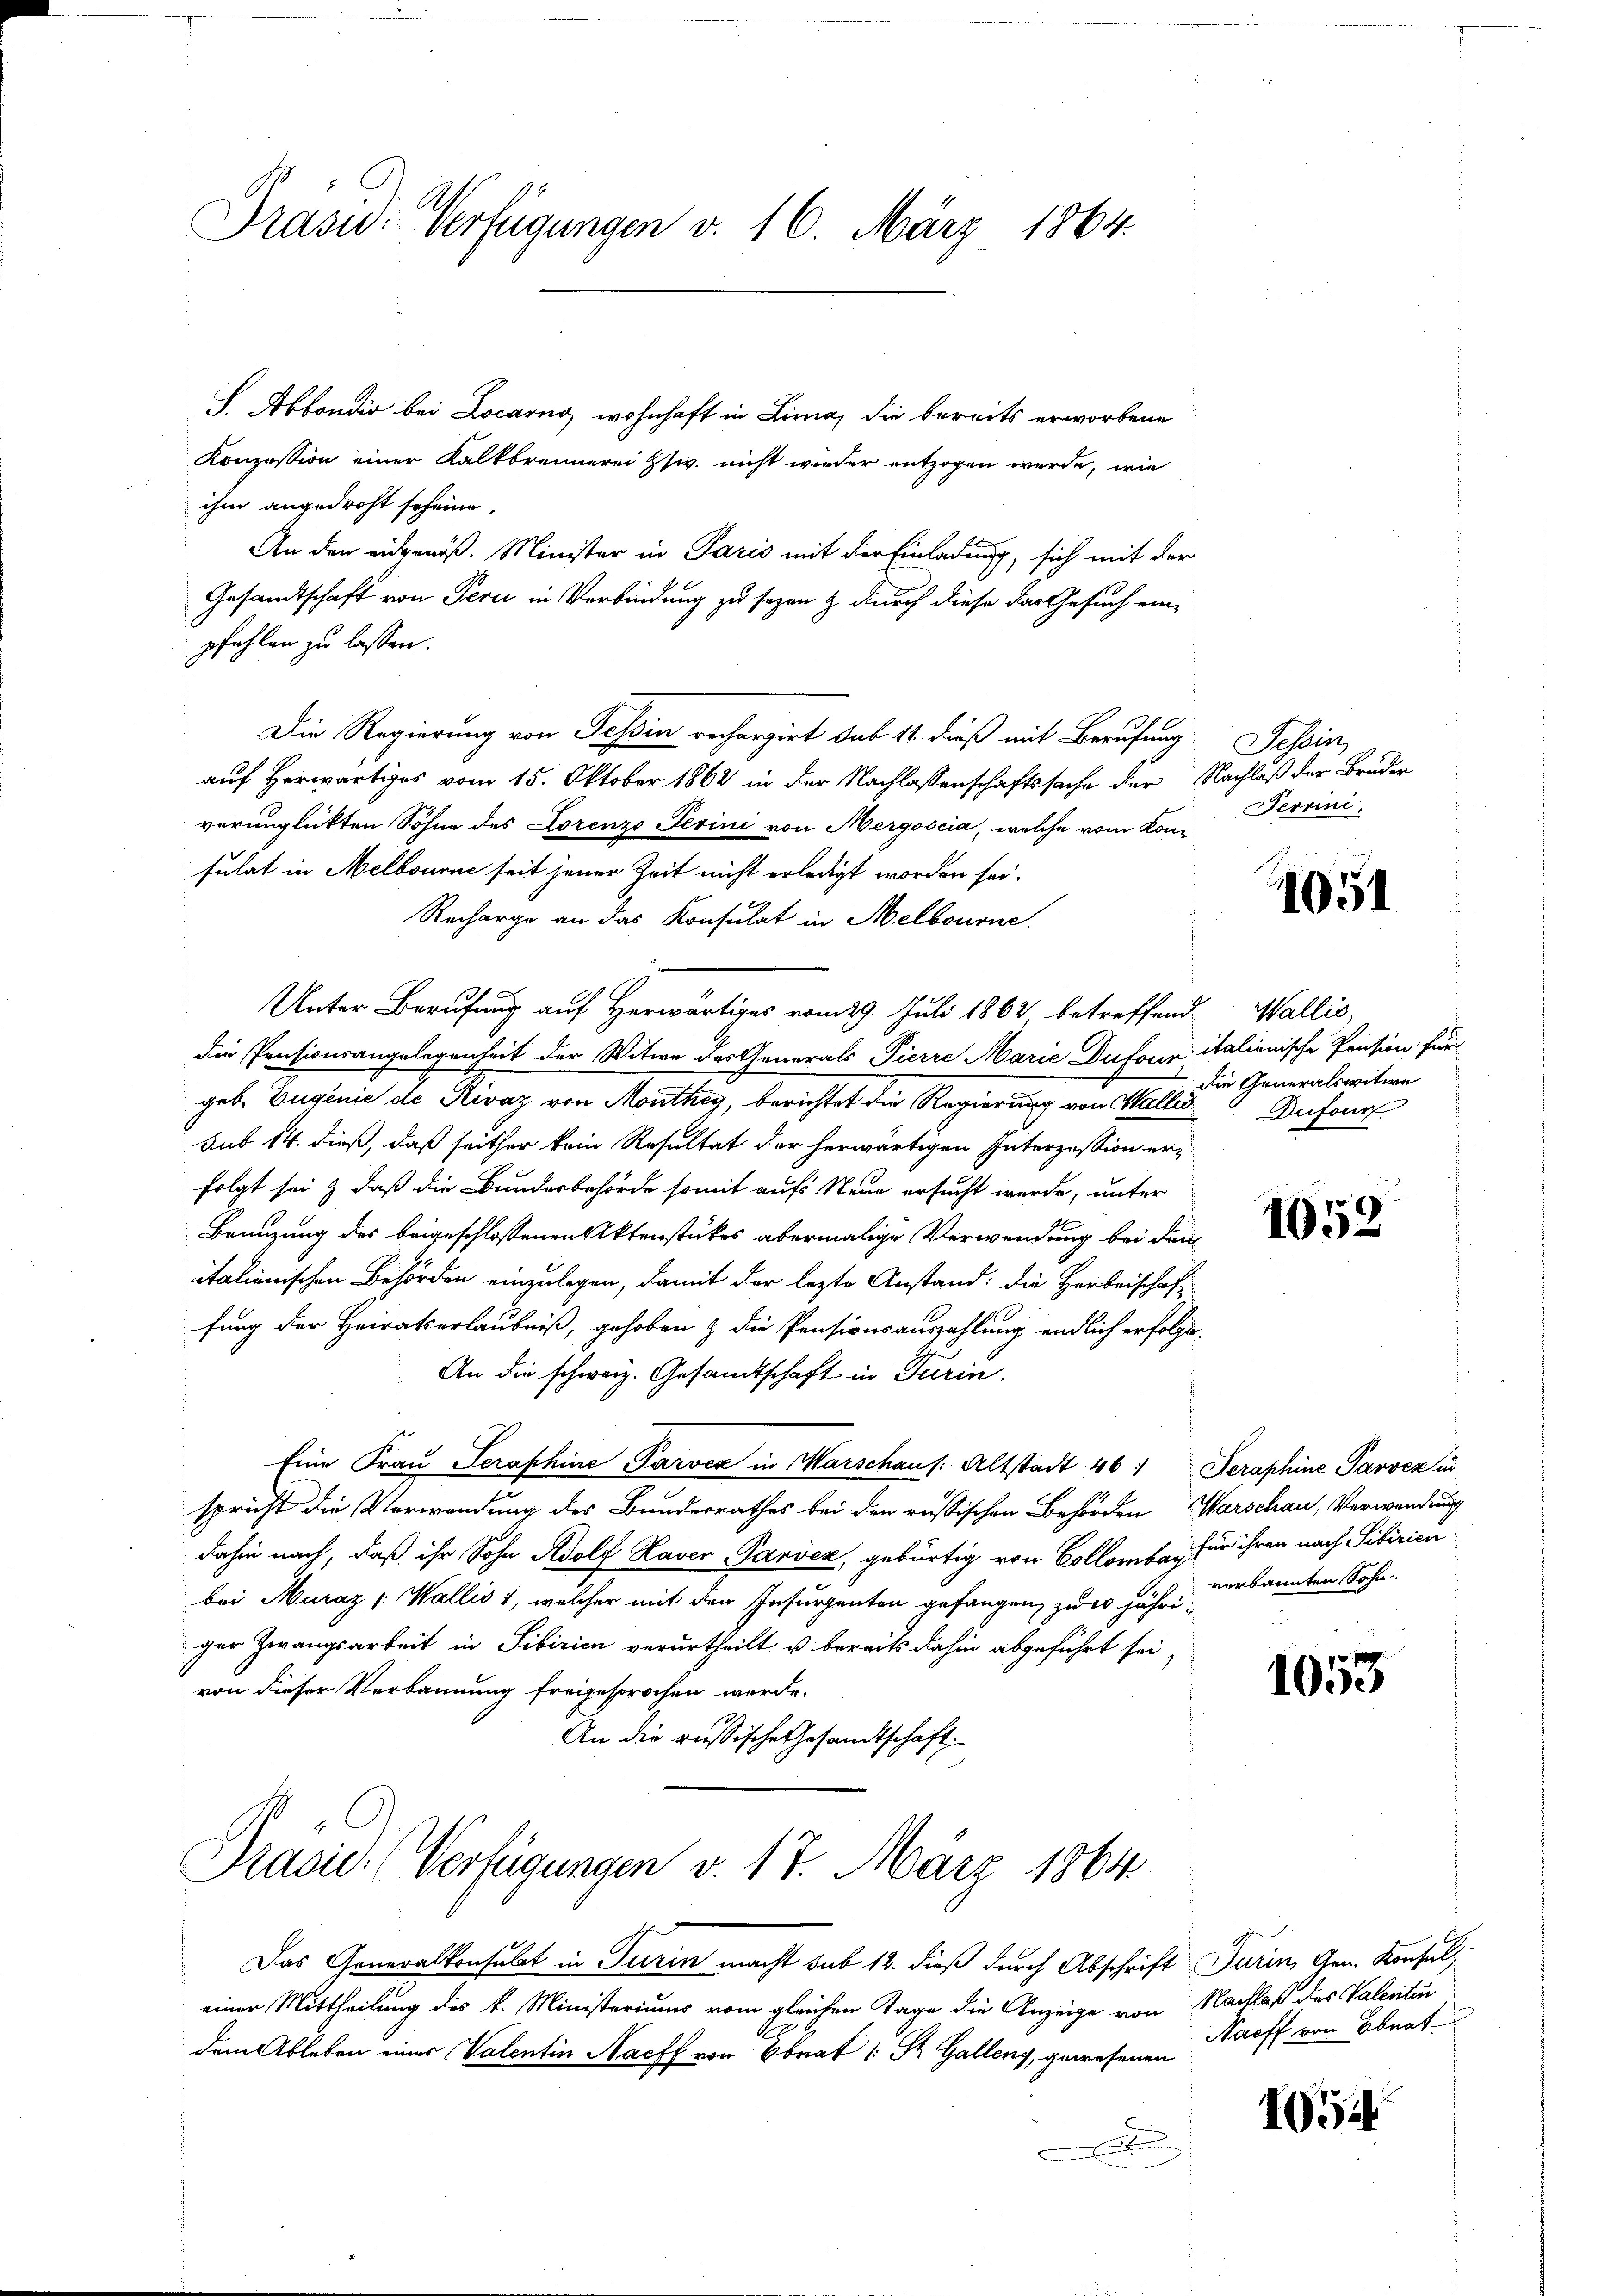
Präsidi Verfügungen v. 16. März 1864.

Konzession einer Kalkbrennerei Zsiv. nicht wieder entzogen werde, wie
ihm angedroht scheine.
An den eidgenöß. Minister in Paris mit der Einladung, sich mit der
Gesandtschaft von Perii in Verbindung zu seyen & durch diese das Gesuch einpfehlen zu lassen.
Die Regierung von Tessin rechargirt sub 14. dieß mit Berufung Tessin,
auf Herwärtiges vom 15. Oktober 1862 in der Nachlassenschaftssache der Nachlaß der Bruder
verunglickten Söhne des Lorenzo Perini von Mergoscia, welche vom Konsulat in Melbourne seit jener Zeit nicht erledigt worden sei.
Recharge an das Konsulat in Melbourne
Unter Berufung auf Herwärtiges vom 29. Juli 1862, betreffend Wallis,
Die Pensionsangelegenheit der Witwe des Generals Pierre Marie Dufour italienische Pension für
geb. Eugenie de Rivaz von Monthey, berichtet die Regierung von Wallis Dufour
sub 14. dieß, daß seither kein Resultat der herwärtigen Interzession erfolgt sei & daß die Bunderbehörde somit aufs Neue ersucht werde, unter
Benuzung des beigeschlossenen Aktenstückes abermalige Verwendung bei den
italienischen Behörden einzulegen, damit der lezte Anstand: die Herbeischaft
fung der Heirats erlaubniß, gehoben & die Pensionsauszahlung endlich erfolge.
An die schweiz. Gesandtschaft in Turin.
Eine Frau Seraphine Parver in Marschaus: Altstadt. 461 Seraphine Passen in
spricht die Verwendung des Bunderrathes bei den russischen Behörden Warschau, Verwendung
dahin nach, daß ihr Sohn Adolf Haver Parock, gebürtig von Collombar, für ihren nach Tibirien
bei Muraz (Wallis 1, welcher mit den Insurgenten gefangen, zu er jähri verkannten Sohnger Zwangsarbeit in Sibirien verurtheilt u. bereits dahin abgeführt sei,
von dieser Verbannung freigesprochen werde.
An die russische Gesandtschaft.

I. Abbondir bei Locarno, wohnhaft in Lima, die bereits erworbene

Präsid. Verfügungen v. 17. März 1864.

Terrini.

Das Generalkonsulat in Turin macht sub 12. dieß durch Abschrift Turin, Gen. Konsul
einer Mittheilung des k. Ministeriums vom gleichen Tage die Anzeige von Nachlaß des Valentin
dem Ableben eines Valentin Nachs von Brat (: St. Gallenz, gewesenen Harff von Ebnat

1051

Die Generalswitwe

1052

1053

105